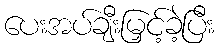
ပေးအပ်ချီးမြှင့်ခဲ့ပြီး